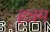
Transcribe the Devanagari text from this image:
हन्नम